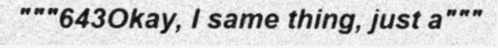
"""643Okay, I same thing, just a"""